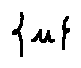
\{ u \}